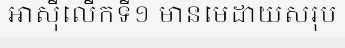
អាស៊ីលើកទី១ មានមេដាយសរុប